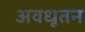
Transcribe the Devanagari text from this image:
अवधूतन